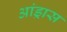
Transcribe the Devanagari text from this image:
आंड्रास